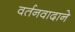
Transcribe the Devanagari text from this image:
वर्तनवादाने